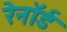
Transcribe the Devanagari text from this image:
रेनॉर्ड